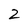
Character: 2